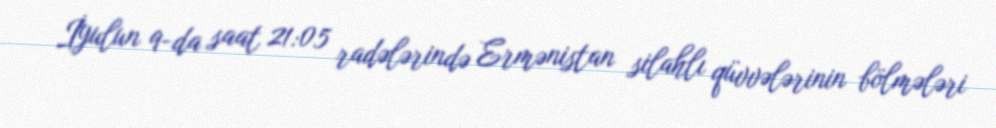
İyulun 9-da saat 21:05 radələrində Ermənistan silahlı qüvvələrinin bölmələri